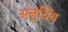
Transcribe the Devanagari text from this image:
अनुविंब